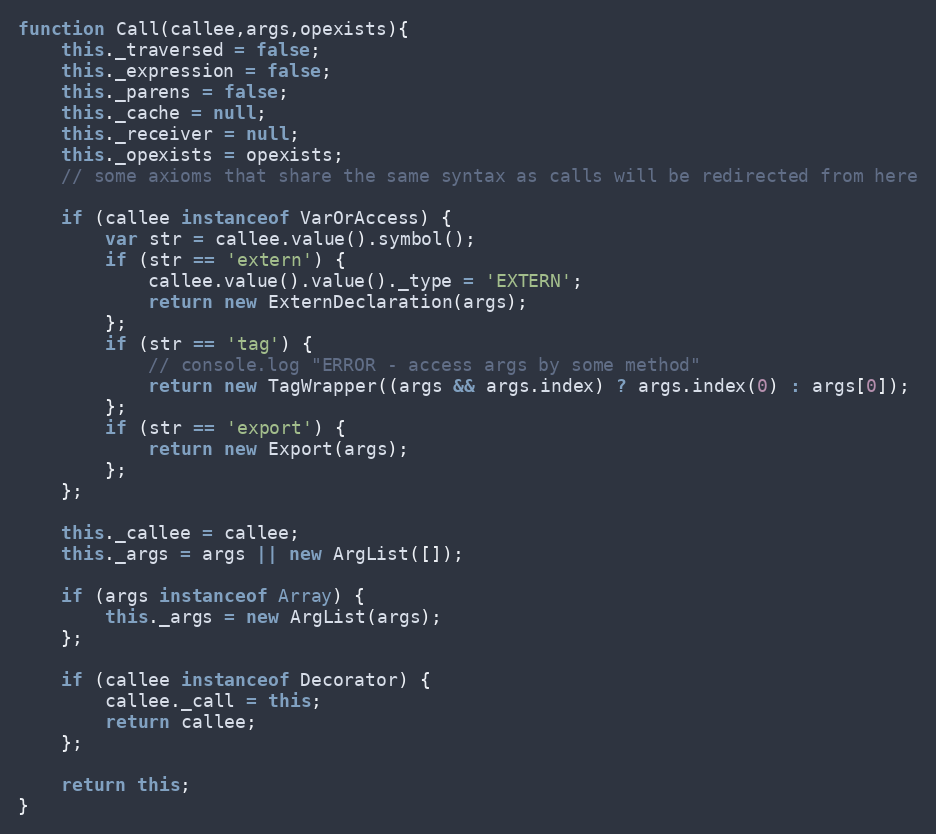
Language: JavaScript
function Call(callee,args,opexists){
	this._traversed = false;
	this._expression = false;
	this._parens = false;
	this._cache = null;
	this._receiver = null;
	this._opexists = opexists;
	// some axioms that share the same syntax as calls will be redirected from here

	if (callee instanceof VarOrAccess) {
		var str = callee.value().symbol();
		if (str == 'extern') {
			callee.value().value()._type = 'EXTERN';
			return new ExternDeclaration(args);
		};
		if (str == 'tag') {
			// console.log "ERROR - access args by some method"
			return new TagWrapper((args && args.index) ? args.index(0) : args[0]);
		};
		if (str == 'export') {
			return new Export(args);
		};
	};

	this._callee = callee;
	this._args = args || new ArgList([]);

	if (args instanceof Array) {
		this._args = new ArgList(args);
	};

	if (callee instanceof Decorator) {
		callee._call = this;
		return callee;
	};

	return this;
}